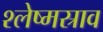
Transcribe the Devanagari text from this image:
श्लेष्मस्राव